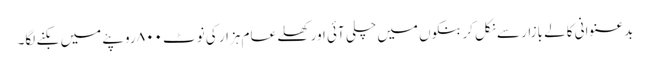
بدعنوانی کالے بازار سے نکل کر بنکوں میں چلی آئی اور کھلے عام ہزار کی نوٹ ۸۰۰ روپئے میں بکنے لگا۔